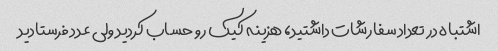
اشتباه در تعداد سفارشات داشتید، هزینه کیک رو حساب کردید ولی عدد فرستادید